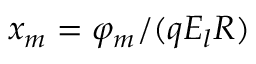
x _ { m } = \varphi _ { m } / ( q E _ { l } R )